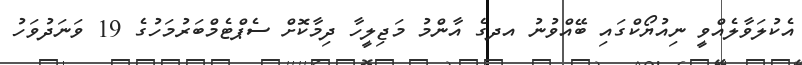
އެކުލަވާލެއްވީ ނިއުޔޯކްގައި ބޭއްވުނު އދގެ އާންމު މަޖިލީހާ ދިމާކޮށް ސެޕްޓެމްބަރުމަހުގެ 19 ވަނަދުވަހު